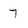
Character: 7